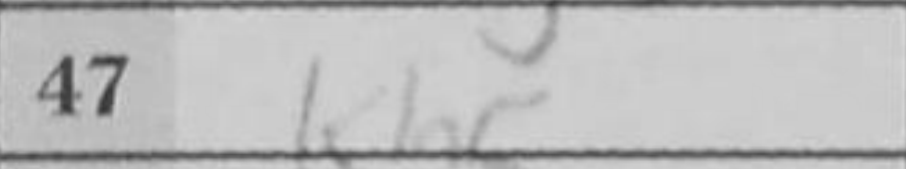
Transcription: Kh5